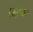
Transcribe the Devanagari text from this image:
चिंतेवर